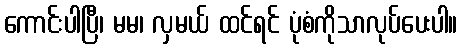
ကောင်းပါပြီ၊ မမ၊ လှမယ် ထင်ရင် ပုံစံကိုသာလုပ်ပေးပါ။